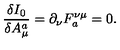
\frac { \delta I _ { 0 } } { \delta A _ { \mu } ^ { a } } = \partial _ { \nu } F _ { a } ^ { \nu \mu } = 0 .